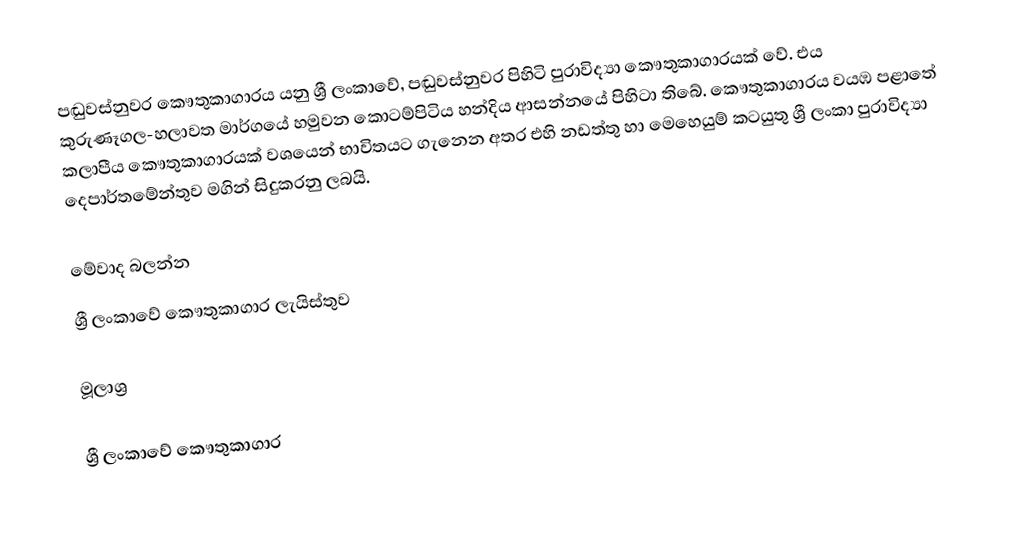
පඬුවස්නුවර කෞතුකාගාරය යනු ශ්‍රී ලංකාවේ, පඬුවස්නුවර පිහිටි පුරාවිද්‍යා කෞතුකාගාරයක් වේ. එය කුරුණෑගල-හලාවත මාර්ගයේ හමුවන කොටම්පිටිය හන්දිය ආසන්නයේ පිහිටා තිබේ. කෞතුකාගාරය වයඹ පළාතේ කලාපීය කෞතුකාගාරයක් වශයෙන් භාවිතයට ගැනෙන අතර එහි නඩත්තු හා මෙහෙයුම් කටයුතු ශ්‍රී ලංකා පුරාවිද්‍යා දෙපාර්තමේන්තුව මගින් සිදුකරනු ලබයි.

මේවාද බලන්න
ශ්‍රී ලංකාවේ කෞතුකාගාර ලැයිස්තුව

මූලාශ්‍ර

ශ්‍රී ලංකාවේ කෞතුකාගාර